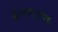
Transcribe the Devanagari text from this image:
ई॰एम॰एस॰